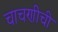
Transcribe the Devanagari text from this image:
चाचणीची